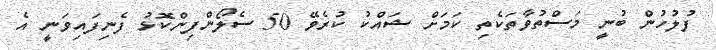
ފުލުހުން ބުނީ މަސްތުވާތަކެތި ކަމަށް ޝައްކު ކުރެވޭ 50 ސެލޯންފިންކޮޅު ފެނިފައިވަނީ އެ